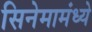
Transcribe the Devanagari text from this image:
सिनेमामंध्ये